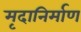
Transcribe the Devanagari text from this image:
मृदानिर्माण